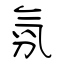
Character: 氛